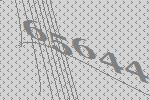
65644